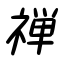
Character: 禅